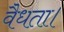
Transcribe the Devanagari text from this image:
वैधता।